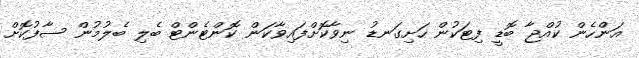
އަންހެން ކުއްޖާ ބޮޑީ ފިޓަކުން ހަށިގަނޑު ނިވާކޮށްފައިވާކަން ކޮންޓެންޓް ބެލި ބެލުމުން ސާފުކޮށް